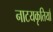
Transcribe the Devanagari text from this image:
नाटयकृतियाँ